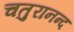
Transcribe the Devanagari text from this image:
चतुरानन्द